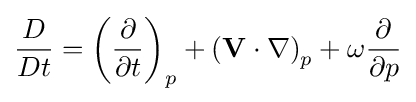
{{D \over Dt}={\left({\partial  \over \partial t}\right)_{p}}+{\left({\mathbf {V} \cdot \nabla }\right)_{p}}+{\omega {\partial  \over \partial p}}}